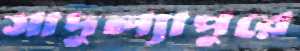
সাদুল্যাপুরে